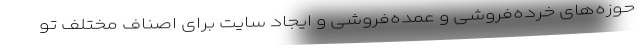
حوزه‌های خرده‌فروشی و عمده‌فروشی و ایجاد سایت برای اصناف مختلف تو